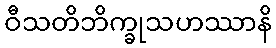
ဝီသတိဘိက္ခုသဟဿာနိ